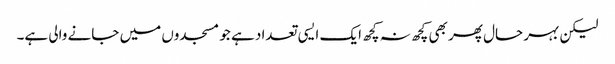
لیکن بہر حال پھر بھی کچھ نہ کچھ ایک ایسی تعداد ہے جو مسجدوں میں جانے والی ہے۔